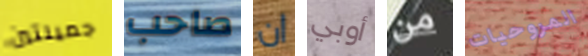
جميلتين صاحب ان أوبي من المروحيات